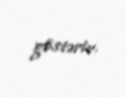
göstərir.